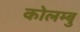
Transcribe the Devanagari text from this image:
कोलम्बु